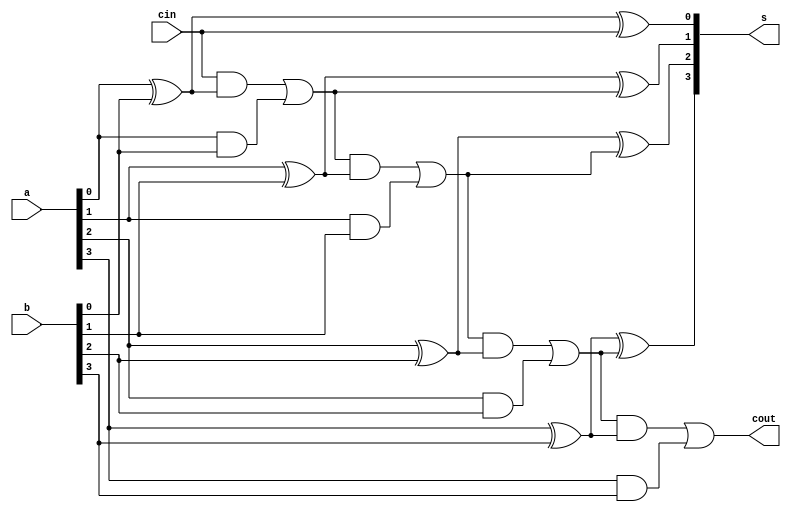
`timescale 1ns / 1ps

module add(a, b, s, cin, cout);

input[3:0] a, b;
input cin;
output[3:0] s;
output cout;
wire c1, c2, c3;

assign s[0] = a[0] ^ b[0] ^ cin;
assign s[1] = a[1] ^ b[1] ^ c1;
assign s[2] = a[2] ^ b[2] ^ c2;
assign s[3] = a[3] ^ b[3] ^ c3;
assign c1 = cin & (a[0] ^ b[0]) | (a[0] & b[0]);
assign c2 = c1 & (a[1] ^ b[1]) | (a[1] & b[1]);
assign c3 = c2 & (a[2] ^ b[2]) | (a[2] & b[2]);
assign cout = c3 & (a[3] ^ b[3]) | (a[3] & b[3]);

endmodule